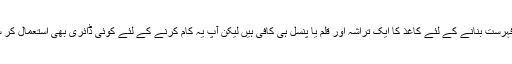
یوں تو یہ فہرست بنانے کے لئے کاغذ کا ایک تراشہ اور قلم یا پنسل ہی کافی ہیں لیکن آپ یہ کام کرنے کے لئے کوئی ڈائری بھی استعمال کر سکتے ہیں۔